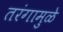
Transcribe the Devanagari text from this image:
तरंगामुळे